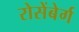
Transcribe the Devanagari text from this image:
रोसेंबेर्ग